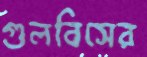
গুলবিসের